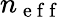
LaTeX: n_{\mathrm{~e~f~f~}}